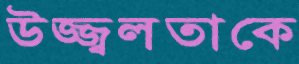
উজ্জ্বলতাকে